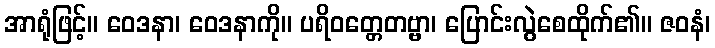
အာရုံဖြင့်။ ဝေဒနာ၊ ဝေဒနာကို။ ပရိဝတ္တေတဗ္ဗာ၊ ပြောင်းလွဲစေထိုက်၏။ ဇဝနံ၊